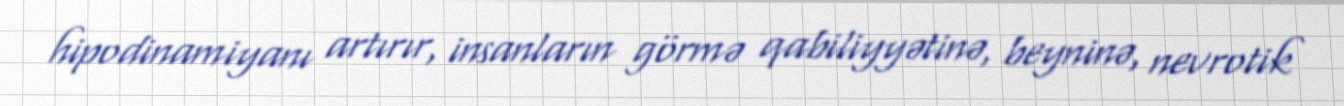
hipodinamiyanı artırır, insanların görmə qabiliyyətinə, beyninə, nevrotik